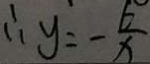
\therefore y = - \frac { 6 } { x }